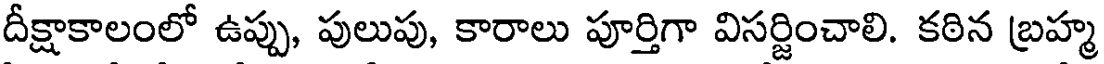
దీక్షాకాలంలో ఉప్పు, పులుపు, కారాలు పూర్తిగా విసర్జించాలి. కఠిన బ్రహ్మ